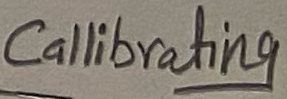
Text: Callibrating